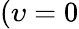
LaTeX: (\upsilon=0